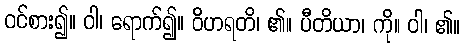
ဝင်စား၍။ ဝါ၊ ရောက်၍။ ဝိဟရတိ၊ ၏။ ပီတိယာ၊ ကို။ ဝါ၊ ၏။